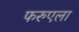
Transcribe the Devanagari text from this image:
फरुएला